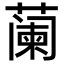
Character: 𬞕